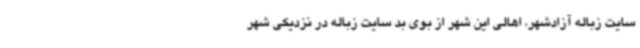
سایت زباله آزادشهر، اهالی این شهر از بوی بد سایت زباله در نزدیکی شهر